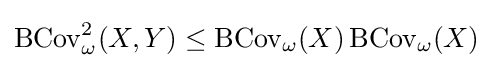
\operatorname {BCov} _{\omega }^{2}(X,Y)\leq \operatorname {BCov} _{\omega }(X)\operatorname {BCov} _{\omega }(X)